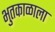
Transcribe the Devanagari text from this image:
भुतकाळाला